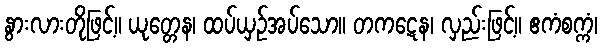
နွားလားတိုဖြင့်။ ယုတ္တေန၊ ထပ်ယှဉ်အပ်သော။ တကဋေန၊ လှည်းဖြင့်။ ဧကံစက္ကံ၊